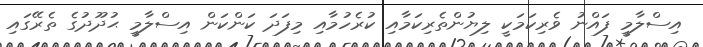
އިސްލާމީ ފައްނު ވެރިކަމަކީ ލިޔުންތެރިކަމާއި ކުރެހުމާއި މިފަދަ ކަންކަން އިސްލާމީ ޙުދޫދުގެ ތެރޭގައި